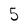
Character: 5